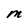
Character: M